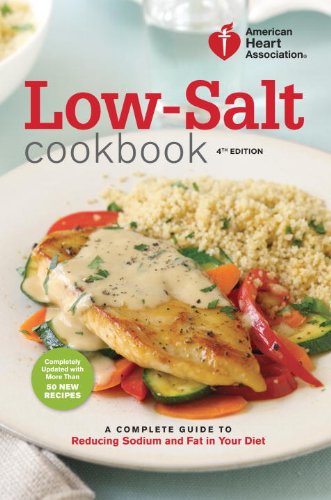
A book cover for American Heart Association Low-Salt Cookbook, 4th Edition: A Complete Guide to Reducing Sodium and Fat in Your Diet; American Heart Association; Cookbooks, Food & Wine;